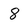
Character: 8